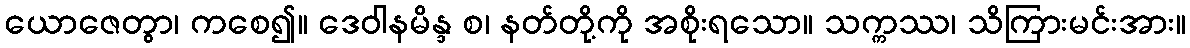
ယောဇေတွာ၊ ကစေ၍။ ဒေဝါနမိန္ဒ စ၊ နတ်တို့ကို အစိုးရသော။ သက္ကဿ၊ သိကြားမင်းအား။